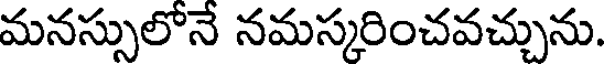
మనస్సులోనే నమస్కరించవచ్చును.